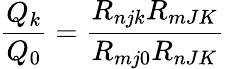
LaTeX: \frac{Q_{k}}{Q_{0}}=\frac{R_{njk}R_{mJK}}{R_{mj0}R_{nJK}}